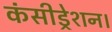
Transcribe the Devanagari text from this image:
कंसीड्रेशन।